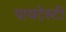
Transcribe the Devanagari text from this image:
पायटेस्टी